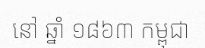
នៅ ឆ្នាំ ១៨៦៣ កម្ពុជា